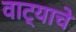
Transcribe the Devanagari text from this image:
वाट्याचे